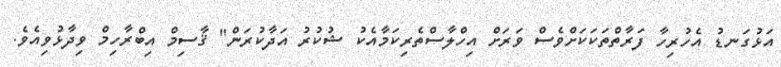
އަޅުގަނޑު އެހުރިހާ ފަރާތްތަކަކަށްވެސް ވަރަށް އިހްލާސްތެރިކަމާއެކު ޝުކުރު އަދާކުރަން" ޤާސިމް އިބްރާހިމް ވިދާޅުވިއެވެ.